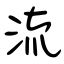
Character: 流